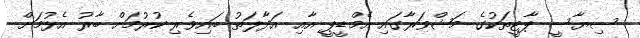
ސިޔާސީ ޕާޓީތަކުގެ މަޝްވަރާގައި އެމްޑީޕީ އާއި އަދާލަތު ބައިވެރި ކުރުމަށް ބާރު އެޅުމަށް